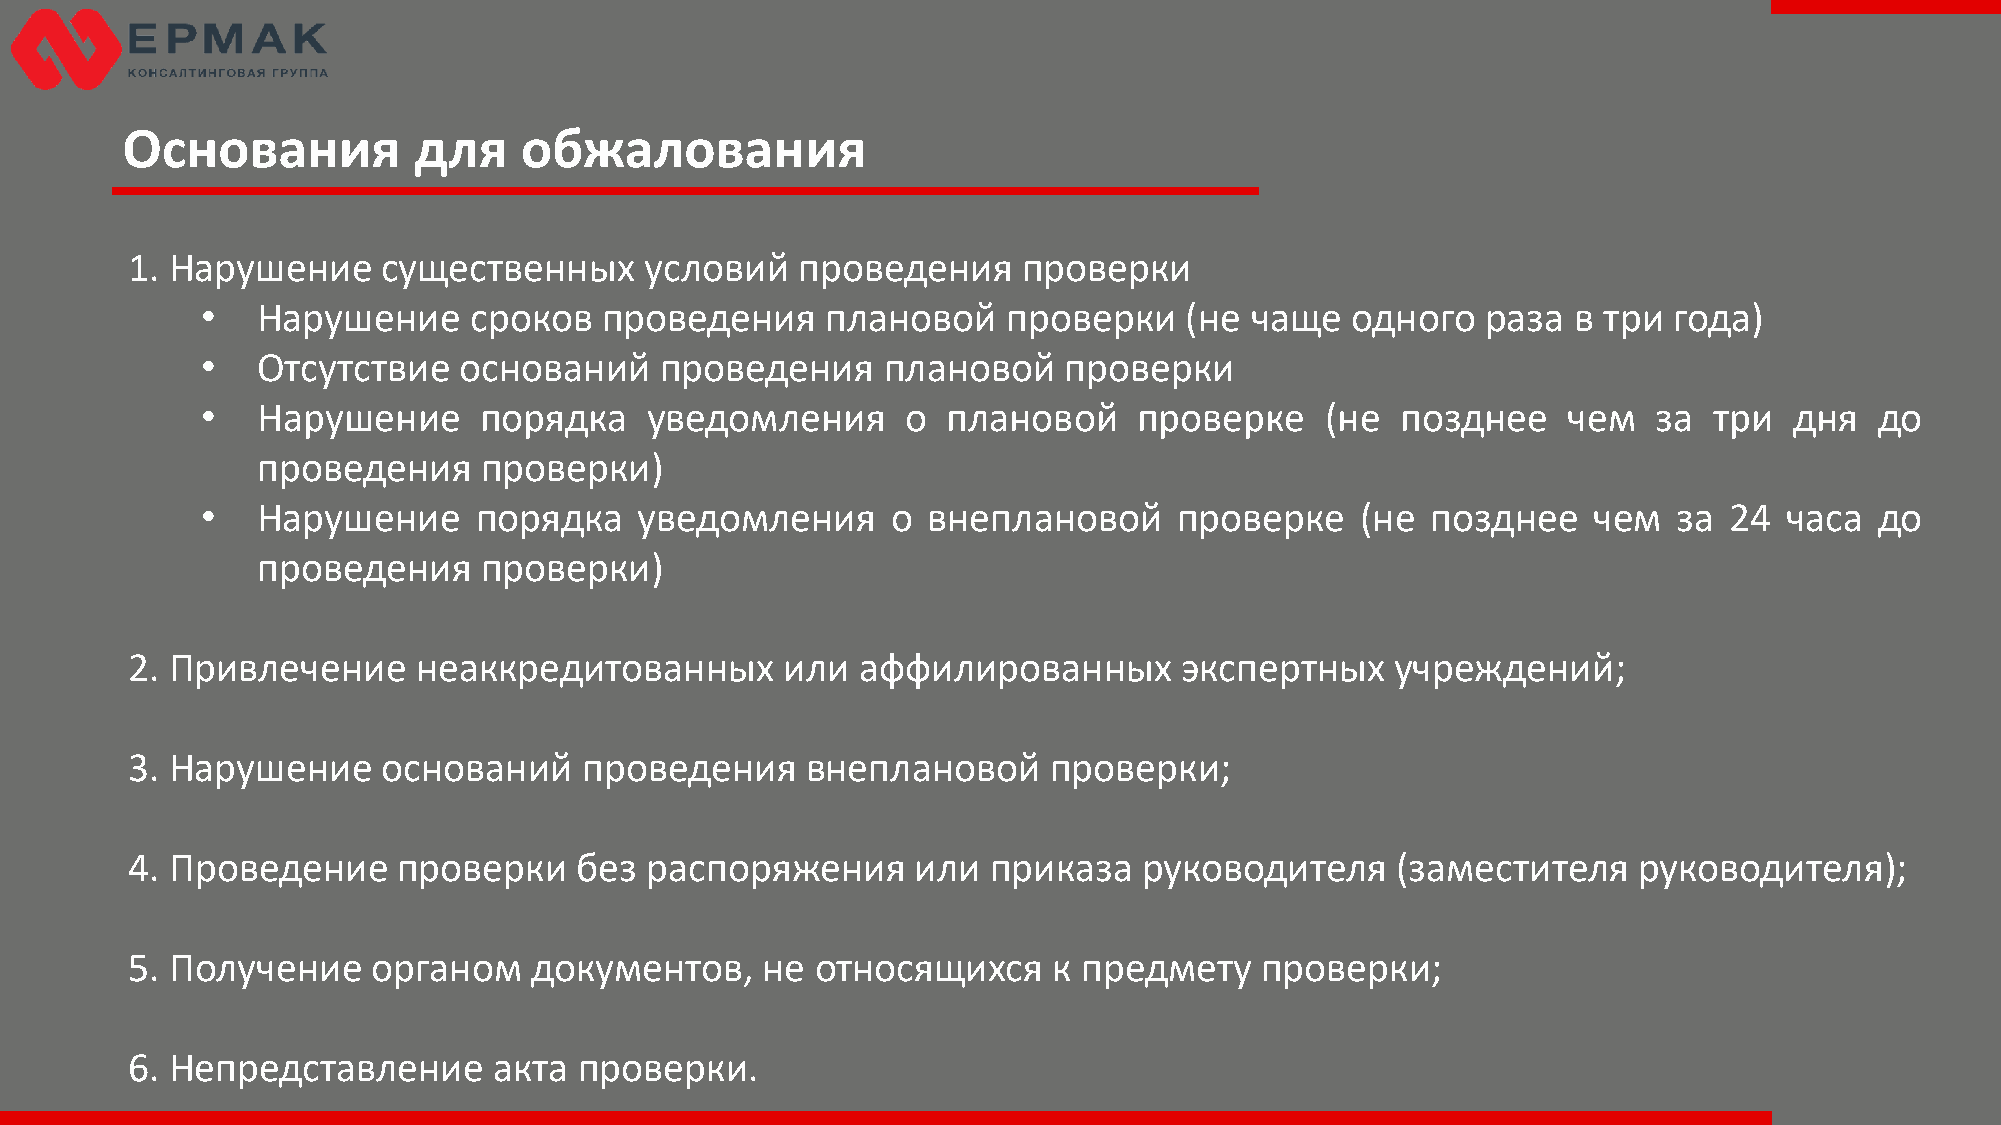
Основания          для    обжалования
 1. Нарушение     существенных      условий   проведения     проверки
 •   Нарушение     сроков   проведения     плановой    проверки   (не  чаще  одного   раза  в три  года)
 •   Отсутствие   оснований     проведения    плановой    проверки
 •   Нарушение      порядка    уведомления      о  плановой    проверке     (не  позднее    чем   за три   дня  до
 проведения     проверки)
 •   Нарушение     порядка    уведомления      о внеплановой      проверке    (не  позднее   чем   за 24  часа  до
 проведения     проверки)
 2. Привлечение      неаккредитованных       или  аффилированных       экспертных    учреждений;
 3. Нарушение     оснований     проведения    внеплановой     проверки;
 4. Проведение     проверки    без  распоряжения      или  приказа   руководителя    (заместителя    руководителя);
 5. Получение     органом   документов,    не  относящихся     к предмету   проверки;
 6. Непредставление       акта проверки.